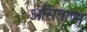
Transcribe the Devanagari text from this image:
असिताष्म